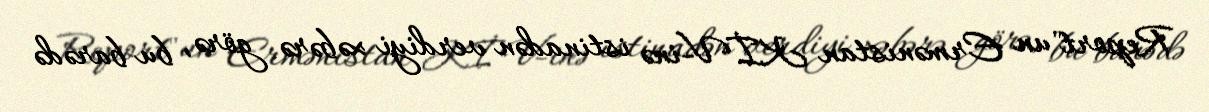
Report"un Ermənistan KİV-inə istinadən verdiyi xəbərə görə, bu barədə